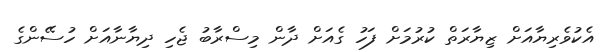
އެކުވެރިޔާއަށް ޒިޔާރަތް ކުރުމަށް ފަހު ގެއަށް ދާން މިސްރާބު ޖެހި ދިޔާނާއަށް ހުސޭންގެ